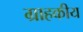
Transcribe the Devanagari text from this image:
ग्राहकीय